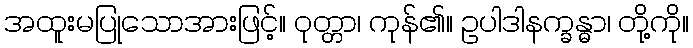
အထူးမပြုသောအားဖြင့်။ ဝုတ္တာ၊ ကုန်၏။ ဥပါဒါနက္ခန္ဓာ၊ တို့ကို။